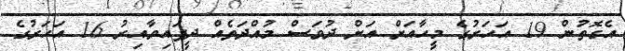
އެގޮތުން 19 އަހަރުގެ މީހާއަށް އަށް ދުވަސް މުއްދަތެއް ދީފައިވާއިރު 16 އަހަރުގެ